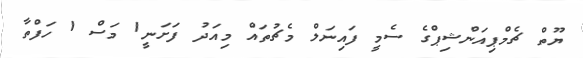
ޔޫތް ޗެމްޕިއަންޝިޕްގެ ސެމީ ފައިނަލް މެޗުތައް މިއަދު ފަށަނީ1 މަސް 1 ހަފްތާ